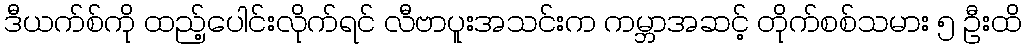
ဒီယက်စ်ကို ထည့်ပေါင်းလိုက်ရင် လီဗာပူးအသင်းက ကမ္ဘာအဆင့် တိုက်စစ်သမား ၅ ဦးထိ